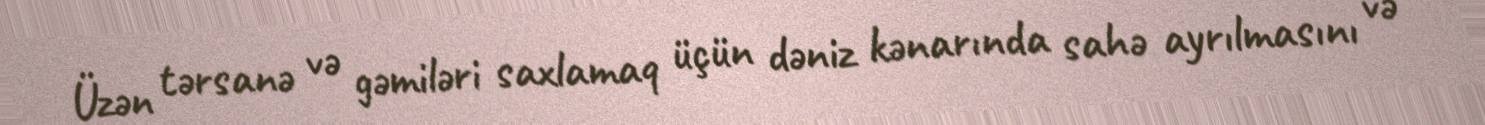
Üzən tərsanə və gəmiləri saxlamaq üçün dəniz kənarında sahə ayrılmasını və